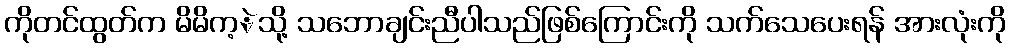
ကိုတင်ထွတ်က မိမိက့ဲသို့ သဘောချင်းညီပါသည်ဖြစ်ကြောင်းကို သက်သေပေးရန် အားလုံးကို